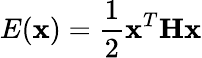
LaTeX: E(\mathbf{x})=\frac{1}{2}\mathbf{x}^{T}\mathbf{H}\mathbf{x}